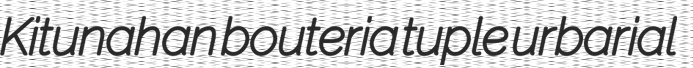
Kitunahan bouteria tuple urbarial